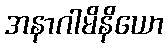
အနာဂါမိနိယော